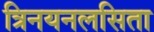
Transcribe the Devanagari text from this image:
त्रिनयनलसिता